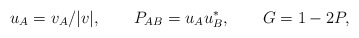
\begin{align*}u_A = v_A/|v|, \qquad P_{AB} = u_A u^*_B, \qquad G = 1-2P,\end{align*}